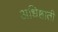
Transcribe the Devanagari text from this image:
अधिष्ठाती